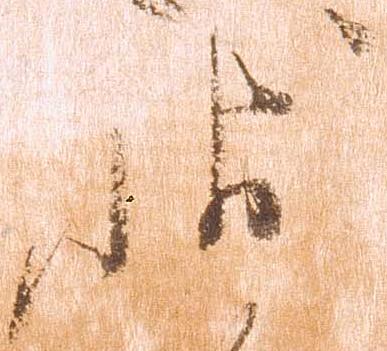
状